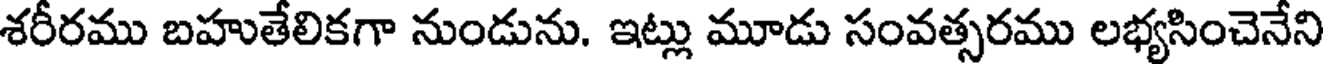
శరీరము బహుతేలికగా నుండును. ఇట్లు మూడు సంవత్సరము లభ్యసించెనేని